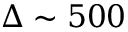
\Delta \sim 5 0 0